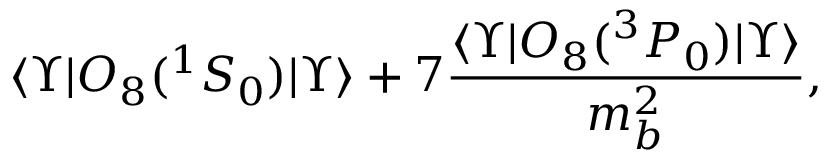
\langle \Upsilon \vert { \cal O } _ { 8 } ( ^ { 1 } S _ { 0 } ) \vert \Upsilon \rangle + 7 \frac { \langle \Upsilon \vert { \cal O } _ { 8 } ( ^ { 3 } P _ { 0 } ) \vert \Upsilon \rangle } { m _ { b } ^ { 2 } } ,